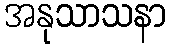
အနုသာသနာ